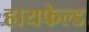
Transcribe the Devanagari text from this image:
हायफेल्ड